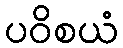
ပဝိစယံ